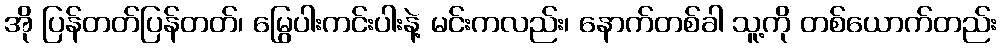
အို ပြန်တတ်ပြန်တတ်၊ မြွေပါးကင်းပါးနဲ့ မင်းကလည်း၊ နောက်တစ်ခါ သူ့ကို တစ်ယောက်တည်း